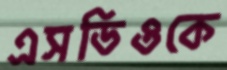
এসডিওকে